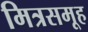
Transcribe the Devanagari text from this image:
मित्रसमूह